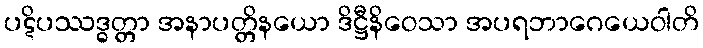
ပဋိပဿဒ္ဓတ္တာ အနာပတ္တိနယော ဒိဋ္ဌီနိဝေသာ အပရဘာဂေယေဝါတိ